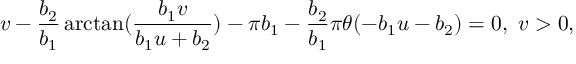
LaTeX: v - \frac { b _ { 2 } } { b _ { 1 } } \arctan ( \frac { b _ { 1 } v } { b _ { 1 } u + b _ { 2 } } ) - \pi b _ { 1 } - \frac { b _ { 2 } } { b _ { 1 } } \pi \theta ( - b _ { 1 } u - b _ { 2 } ) = 0 , \ v > 0 ,